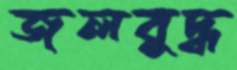
জলবুদ্ধ